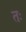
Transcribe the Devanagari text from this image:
तः